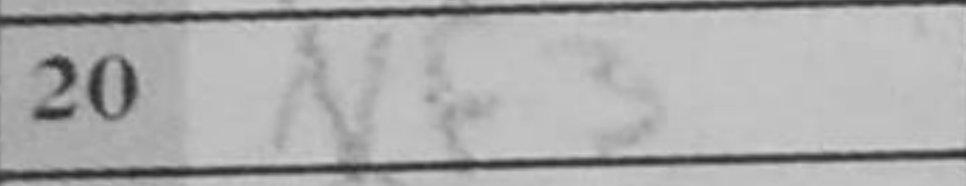
Transcription: Nf3